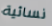
نسائية